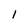
Character: 1